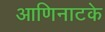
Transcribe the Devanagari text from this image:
आणिनाटके